Scottish Leaving Certificate Examination, 1951
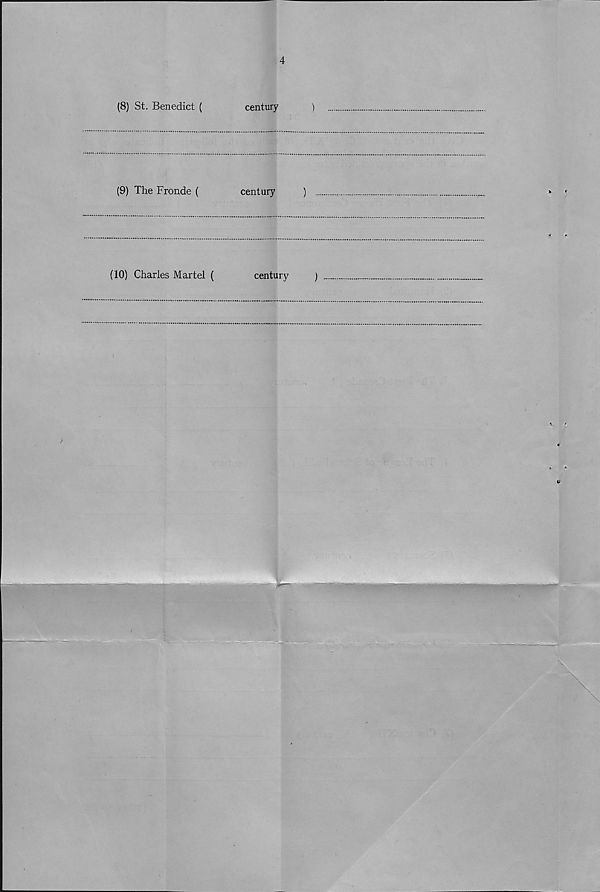
3
Section 1 {b)
Give the century, B.C. or A.D., of each of the following, indicate who or
■what each was, and say why each is important in history. Answers must be
written in the space provided after each name.
(15)
(1) Treaty of Wedmore (
century
)
*
l t
;
(2) John Hampden (
century
)
(3) Sir John Hawkins (
century
)
(4) Award of Norham (
century
)
i i
(5) Battle of Bosworth (
century
)
(6) Edward Gibbon Wakefield (
.century
)
(7) Sir Isaac Newton (
century
)
[turn over